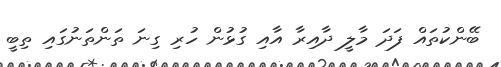
ބޭންކުތައް ފަދަ މާލީ ދާއިރާ އާއި ގުޅުން ހުރި ގިނަ ތަންތަނުގައި ތިބީ